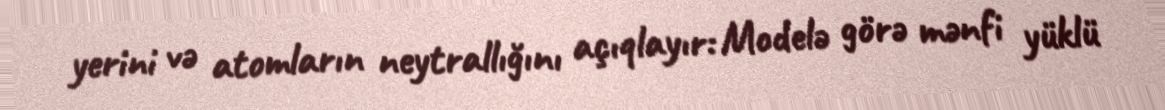
yerini və atomların neytrallığını açıqlayır: Modelə görə mənfi yüklü